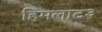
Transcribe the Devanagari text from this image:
हिमलाट३